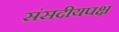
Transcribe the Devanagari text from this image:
संसदीयपक्ष